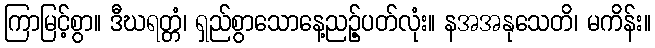
ကြာမြင့်စွာ။ ဒီဃရတ္တံ၊ ရှည်စွာသောနေ့ညဉ့်ပတ်လုံး။ နအအနုသေတိ၊ မကိန်း။